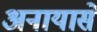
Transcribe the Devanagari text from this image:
अनायासें